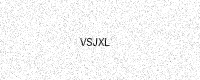
Text: VSJXL